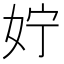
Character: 𪥰